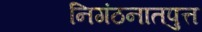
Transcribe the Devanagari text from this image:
निगंठनातपुत्त